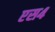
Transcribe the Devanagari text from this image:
एस४